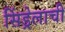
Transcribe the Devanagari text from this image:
सिंड्रेलाची